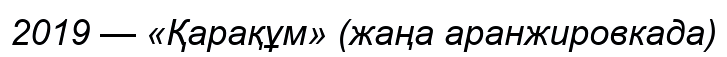
2019 — «Қарақұм» (жаңа аранжировкада)